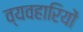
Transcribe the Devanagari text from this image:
व्यवहारियों